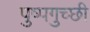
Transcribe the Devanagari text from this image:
पुष्पगुच्छी